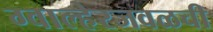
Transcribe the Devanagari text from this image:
ग्वाल्हेरजवळची